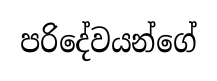
පරිදේවයන්ගේ